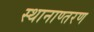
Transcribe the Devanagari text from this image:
स्थानाण्तरण